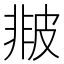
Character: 𤿻